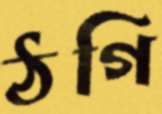
ঠগি